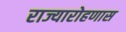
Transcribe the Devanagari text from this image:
राज्यारोहणास